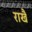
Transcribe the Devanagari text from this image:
राखै